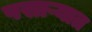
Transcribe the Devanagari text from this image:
पसाऱ्यात